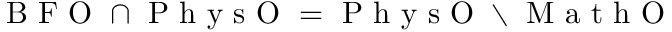
\textrm { B F O } \cap \textrm { P h y s O } = \textrm { P h y s O } \setminus \textrm { M a t h O }